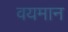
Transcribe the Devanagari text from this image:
वयमान